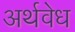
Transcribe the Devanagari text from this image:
अर्थवेध